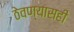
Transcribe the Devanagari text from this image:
ठेवण्यासही